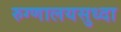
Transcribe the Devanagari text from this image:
रुग्णालयसुध्दा